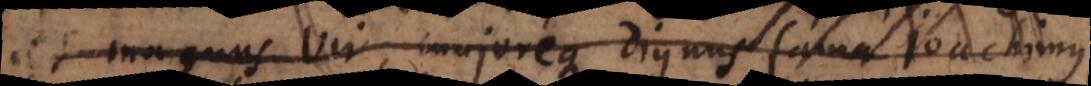
et magnus vir, majoreque dignus fama Joachimus